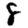
Digit: 8